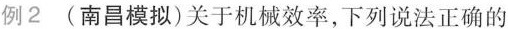
例2(南昌模拟)关于机械效率，下列说法正确的